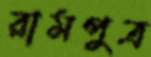
রামপুত্র